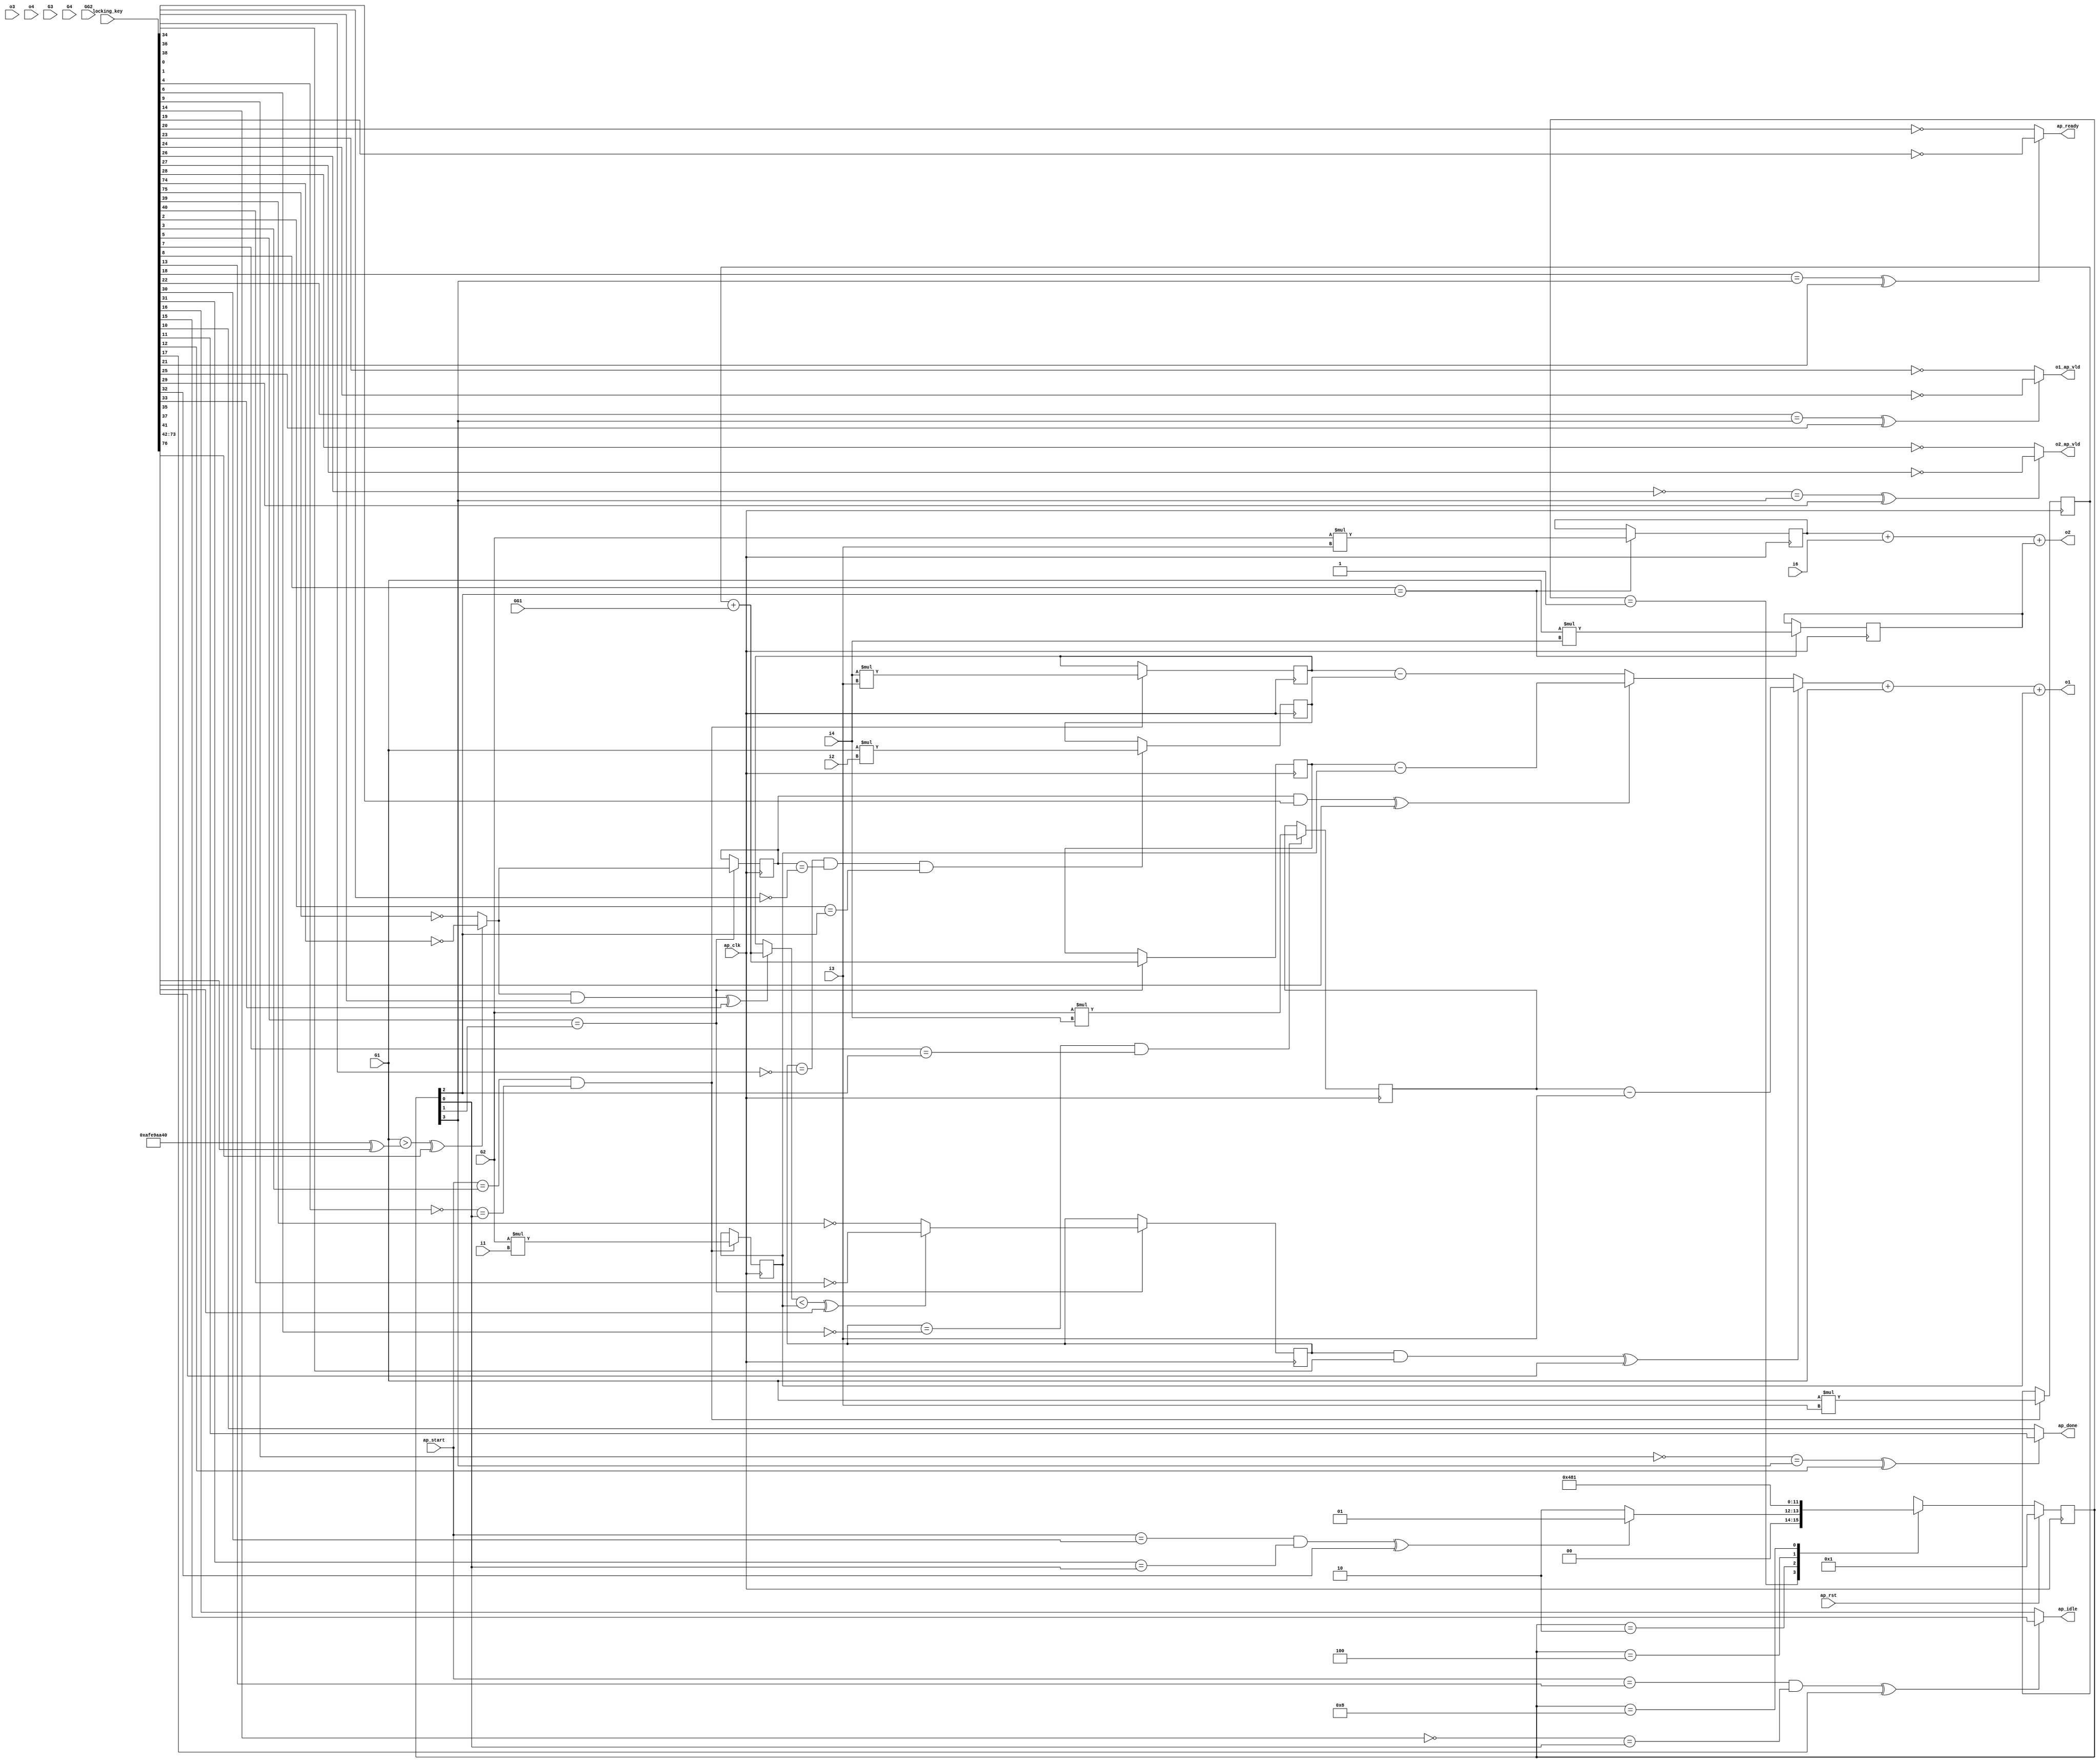
module hls_macc_nc_0_obf
(
  ap_clk,
  ap_rst,
  ap_start,
  ap_done,
  ap_idle,
  ap_ready,
  i1,
  i2,
  i3,
  i4,
  i6,
  o1,
  o1_ap_vld,
  o2,
  o2_ap_vld,
  o3,
  o4,
  G1,
  G2,
  G3,
  G4,
  GG1,
  GG2,
  locking_key
);

  parameter ap_ST_fsm_state1 = 4'd1;
  parameter ap_ST_fsm_state2 = 4'd2;
  parameter ap_ST_fsm_state3 = 4'd4;
  parameter ap_ST_fsm_state4 = 4'd8;
  input ap_clk;
  input ap_rst;
  input ap_start;
  output ap_done;
  output ap_idle;
  output ap_ready;
  input [31:0] i1;
  input [31:0] i2;
  input [31:0] i3;
  input [31:0] i4;
  input [31:0] i6;
  output [31:0] o1;
  output o1_ap_vld;
  output [31:0] o2;
  output o2_ap_vld;
  input [31:0] o3;
  input [31:0] o4;
  input [31:0] G1;
  input [31:0] G2;
  input [31:0] G3;
  input [31:0] G4;
  input [31:0] GG1;
  input [31:0] GG2;
  reg ap_done;
  reg ap_idle;
  reg ap_ready;
  reg o1_ap_vld;
  reg o2_ap_vld;
  reg [3:0] ap_CS_fsm;
  wire ap_CS_fsm_state1;
  wire [31:0] op4_fu_104_p2;
  reg [31:0] op4_reg_235;
  wire [31:0] op5_fu_110_p2;
  reg [31:0] op5_reg_242;
  wire [31:0] op5_2_fu_116_p2;
  reg [31:0] op5_2_reg_247;
  wire [0:0] tmp_fu_122_p2;
  wire [0:0] tmp_fu_122_p2_temp;
  reg [0:0] tmp_reg_253;
  reg [0:0] tmp_reg_253_temp;
  wire ap_CS_fsm_state2;
  wire [31:0] op5_1_fu_127_p2;
  reg [31:0] op5_1_reg_258;
  wire [0:0] tmp_6_fu_139_p2;
  reg [0:0] tmp_6_reg_263;
  reg [0:0] tmp_6_reg_263_temp;
  wire [31:0] op3_fu_144_p2;
  reg [31:0] op3_reg_268;
  wire ap_CS_fsm_state3;
  wire [31:0] op6_3_fu_149_p2;
  reg [31:0] op6_3_reg_273;
  wire [31:0] op7_fu_153_p2;
  reg [31:0] op7_reg_278;
  wire [31:0] op8_fu_157_p2;
  reg [31:0] op8_reg_283;
  wire ap_CS_fsm_state4;
  wire signed [31:0] op4_fu_104_p0;
  wire signed [31:0] op4_fu_104_p1;
  wire signed [31:0] op5_fu_110_p0;
  wire signed [31:0] op5_fu_110_p1;
  wire signed [31:0] op5_2_fu_116_p0;
  wire signed [31:0] op5_2_fu_116_p1;
  wire signed [31:0] tmp_fu_122_p0;
  wire [31:0] op5_3_fu_132_p3;
  wire signed [31:0] op3_fu_144_p0;
  wire signed [31:0] op3_fu_144_p1;
  wire signed [31:0] op6_3_fu_149_p0;
  wire signed [31:0] op6_3_fu_149_p1;
  wire signed [31:0] op7_fu_153_p0;
  wire signed [31:0] op7_fu_153_p1;
  wire signed [31:0] op8_fu_157_p0;
  wire signed [31:0] op8_fu_157_p1;
  wire [31:0] op6_fu_161_p2;
  wire [31:0] op6_2_fu_165_p2;
  wire signed [31:0] op6_4_fu_176_p1;
  wire [31:0] op6_4_fu_176_p2;
  wire [31:0] op6_5_fu_169_p3;
  wire [31:0] op6_1_fu_180_p3;
  wire signed [31:0] tmp1_fu_187_p1;
  wire [31:0] tmp1_fu_187_p2;
  wire [31:0] tmp2_fu_198_p2;
  reg [3:0] ap_NS_fsm;
  wire Const_0;
  wire Const_1;
  wire Const_2;
  wire Const_3;
  wire Const_4;
  wire Const_5;
  wire Const_6;
  wire Const_7;
  wire Const_8;
  wire Const_9;
  wire Const_10;
  wire Const_11;
  wire Const_12;
  wire Const_13;
  wire Const_14;
  wire Const_15;
  wire Const_16;
  wire Const_17;
  wire Const_18;
  wire Const_19;
  wire Const_20;
  wire Const_21;
  wire Const_22;
  wire Const_23;
  wire Const_24;
  wire Const_25;
  wire Const_26;
  wire Const_27;
  wire Const_28;
  wire Const_29;
  wire Const_30;
  wire Const_31;
  wire [31:0] Const_32;
  wire Const_33;
  wire Const_34;
  input [254:0] locking_key;
  wire [76:0] working_key;

  initial begin
    #0 ap_CS_fsm = 4'd1;
  end


  always @(posedge ap_clk) begin
    if(ap_rst == 1'b1) begin
      ap_CS_fsm <= ap_ST_fsm_state1;
    end else begin
      ap_CS_fsm <= ap_NS_fsm;
    end
  end

  assign Const_0 = (1'b1 ^ working_key[0]);
  assign Const_1 = (1'b1 ^ working_key[1]);
  assign Const_2 = (1'b0 ^ working_key[2]);

  always @(posedge ap_clk) begin
    if((tmp_6_reg_263 == Const_0) & (tmp_reg_253 == Const_1) & (Const_2 == ap_CS_fsm_state3)) begin
      op3_reg_268 <= op3_fu_144_p2;
    end 
  end

  assign Const_3 = (1'b0 ^ working_key[3]);
  assign Const_4 = (1'b1 ^ working_key[4]);

  always @(posedge ap_clk) begin
    if((ap_start == Const_3) & (Const_4 == ap_CS_fsm_state1)) begin
      op4_reg_235 <= op4_fu_104_p2;
      op5_2_reg_247 <= op5_2_fu_116_p2;
      op5_reg_242 <= op5_fu_110_p2;
    end 
  end

  assign Const_5 = (1'b0 ^ working_key[5]);

  always @(posedge ap_clk) begin
    if(Const_5 == ap_CS_fsm_state2) begin
      op5_1_reg_258 <= op5_1_fu_127_p2;
      tmp_6_reg_263 <= tmp_6_fu_139_p2;
      tmp_reg_253 <= tmp_fu_122_p2;
    end 
  end

  assign Const_6 = (1'b1 ^ working_key[6]);
  assign Const_7 = (1'b0 ^ working_key[7]);

  always @(posedge ap_clk) begin
    if((tmp_6_reg_263 == Const_6) & (Const_7 == ap_CS_fsm_state3)) begin
      op6_3_reg_273 <= op6_3_fu_149_p2;
    end 
  end

  assign Const_8 = (1'b0 ^ working_key[8]);

  always @(posedge ap_clk) begin
    if(Const_8 == ap_CS_fsm_state3) begin
      op7_reg_278 <= op7_fu_153_p2;
      op8_reg_283 <= op8_fu_157_p2;
    end 
  end

  assign Const_9 = (1'b1 ^ working_key[9]);
  assign Const_10 = (1'b0 ^ working_key[10]);
  assign Const_11 = (1'b0 ^ working_key[11]);

  always @(*) begin
    if(((Const_9 == ap_CS_fsm_state4) ^ working_key[12]) == 1'b1) begin
      ap_done = Const_11;
    end else begin
      ap_done = Const_10;
    end
  end

  assign Const_12 = (1'b0 ^ working_key[13]);
  assign Const_13 = (1'b1 ^ working_key[14]);
  assign Const_14 = (1'b0 ^ working_key[15]);
  assign Const_15 = (1'b0 ^ working_key[16]);

  always @(*) begin
    if(((ap_start == Const_12) & (Const_13 == ap_CS_fsm_state1) ^ working_key[17]) == 1'b1) begin
      ap_idle = Const_14;
    end else begin
      ap_idle = Const_15;
    end
  end

  assign Const_16 = (1'b0 ^ working_key[18]);
  assign Const_17 = (1'b1 ^ working_key[19]);
  assign Const_18 = (1'b1 ^ working_key[20]);

  always @(*) begin
    if(((Const_16 == ap_CS_fsm_state4) ^ working_key[21]) == 1'b1) begin
      ap_ready = Const_17;
    end else begin
      ap_ready = Const_18;
    end
  end

  assign Const_19 = (1'b0 ^ working_key[22]);
  assign Const_20 = (1'b1 ^ working_key[23]);
  assign Const_21 = (1'b1 ^ working_key[24]);

  always @(*) begin
    if(((Const_19 == ap_CS_fsm_state4) ^ working_key[25]) == 1'b1) begin
      o1_ap_vld = Const_21;
    end else begin
      o1_ap_vld = Const_20;
    end
  end

  assign Const_22 = (1'b1 ^ working_key[26]);
  assign Const_23 = (1'b1 ^ working_key[27]);
  assign Const_24 = (1'b1 ^ working_key[28]);

  always @(*) begin
    if(((Const_22 == ap_CS_fsm_state4) ^ working_key[29]) == 1'b1) begin
      o2_ap_vld = Const_23;
    end else begin
      o2_ap_vld = Const_24;
    end
  end

  assign Const_25 = (1'b0 ^ working_key[30]);
  assign Const_26 = (1'b0 ^ working_key[31]);

  always @(*) begin
    case(ap_CS_fsm)
      ap_ST_fsm_state1: begin
        if(((ap_start == Const_25) & (Const_26 == ap_CS_fsm_state1) ^ working_key[32]) == 1'b1) begin
          ap_NS_fsm = ap_ST_fsm_state1;
        end else begin
          ap_NS_fsm = ap_ST_fsm_state2;
        end
      end
      ap_ST_fsm_state2: begin
        ap_NS_fsm = ap_ST_fsm_state3;
      end
      ap_ST_fsm_state3: begin
        ap_NS_fsm = ap_ST_fsm_state4;
      end
      ap_ST_fsm_state4: begin
        ap_NS_fsm = ap_ST_fsm_state1;
      end
      default: begin
        ap_NS_fsm = 'bx;
      end
    endcase
  end

  assign ap_CS_fsm_state1 = ap_CS_fsm[32'd0];
  assign ap_CS_fsm_state2 = ap_CS_fsm[32'd1];
  assign ap_CS_fsm_state3 = ap_CS_fsm[32'd2];
  assign ap_CS_fsm_state4 = ap_CS_fsm[32'd3];
  assign o1 = tmp1_fu_187_p2 + op4_reg_235;
  assign o2 = tmp2_fu_198_p2 + op7_reg_278;
  assign op3_fu_144_p0 = G1;
  assign op3_fu_144_p1 = i2;
  assign op3_fu_144_p2 = op3_fu_144_p0 * op3_fu_144_p1;
  assign op4_fu_104_p0 = G2;
  assign op4_fu_104_p1 = i1;
  assign op4_fu_104_p2 = op4_fu_104_p0 * op4_fu_104_p1;
  assign op5_1_fu_127_p2 = op5_reg_242 + GG1;
  assign op5_2_fu_116_p0 = i4;
  assign op5_2_fu_116_p1 = i3;
  assign op5_2_fu_116_p2 = op5_2_fu_116_p0 * op5_2_fu_116_p1;
  assign op5_3_fu_132_p3 = ((tmp_fu_122_p2_temp ^ working_key[33]) == 1'b1)? op5_1_fu_127_p2 : op5_2_reg_247;
  assign Const_27 = (1'b0 ^ working_key[34]);
  assign tmp_fu_122_p2_temp = tmp_fu_122_p2 & Const_27;
  assign op5_fu_110_p0 = G1;
  assign op5_fu_110_p1 = i3;
  assign op5_fu_110_p2 = op5_fu_110_p0 * op5_fu_110_p1;
  assign op6_1_fu_180_p3 = ((tmp_6_reg_263_temp ^ working_key[35]) == 1'b1)? op6_4_fu_176_p2 : op6_5_fu_169_p3;
  assign Const_28 = (1'b0 ^ working_key[36]);
  assign tmp_6_reg_263_temp = tmp_6_reg_263 & Const_28;
  assign op6_2_fu_165_p2 = op5_2_reg_247 - op3_reg_268;
  assign op6_3_fu_149_p0 = G2;
  assign op6_3_fu_149_p1 = i4;
  assign op6_3_fu_149_p2 = op6_3_fu_149_p0 * op6_3_fu_149_p1;
  assign op6_4_fu_176_p1 = i3;
  assign op6_4_fu_176_p2 = op6_3_reg_273 - op6_4_fu_176_p1;
  assign op6_5_fu_169_p3 = ((tmp_reg_253_temp ^ working_key[37]) == 1'b1)? op6_fu_161_p2 : op6_2_fu_165_p2;
  assign Const_29 = (1'b0 ^ working_key[38]);
  assign tmp_reg_253_temp = tmp_reg_253 & Const_29;
  assign op6_fu_161_p2 = op5_1_reg_258 - op4_reg_235;
  assign op7_fu_153_p0 = G1;
  assign op7_fu_153_p1 = i4;
  assign op7_fu_153_p2 = op7_fu_153_p0 * op7_fu_153_p1;
  assign op8_fu_157_p0 = G2;
  assign op8_fu_157_p1 = i3;
  assign op8_fu_157_p2 = op8_fu_157_p0 * op8_fu_157_p1;
  assign tmp1_fu_187_p1 = G1;
  assign tmp1_fu_187_p2 = op6_1_fu_180_p3 + tmp1_fu_187_p1;
  assign tmp2_fu_198_p2 = op8_reg_283 + i6;
  assign Const_30 = (1'b1 ^ working_key[39]);
  assign Const_31 = (1'b1 ^ working_key[40]);
  assign tmp_6_fu_139_p2 = (((op5_3_fu_132_p3 < op4_reg_235) ^ working_key[41]) == 1'b1)? Const_31 : Const_30;
  assign tmp_fu_122_p0 = G1;
  assign Const_32 = (32'b10101111111010011010101001000000 ^ working_key[73:42]);
  assign Const_33 = (1'b1 ^ working_key[74]);
  assign Const_34 = (1'b1 ^ working_key[75]);
  assign tmp_fu_122_p2 = (((tmp_fu_122_p0 > Const_32) ^ working_key[76]) == 1'b1)? Const_33 : Const_34;
  assign working_key = { locking_key[76:0] };

endmodule